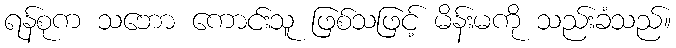
ရန်စုက သဘော ကောင်းသူ ဖြစ်သဖြင့် မိန်းမကို သည်းခံသည်။